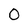
Character: 0